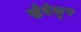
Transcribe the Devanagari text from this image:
स्रेवेकूर